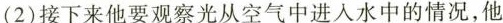
(2)接下来他要观察光从空气中进入水中的情况，他